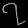
Digit: ၇